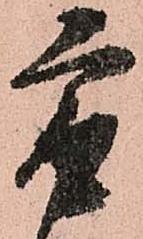
最